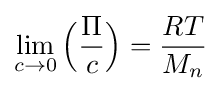
\lim _{c\to 0}{\Big (}{\Pi  \over c}{\Big )}={{RT} \over M_{n}}